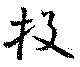
投